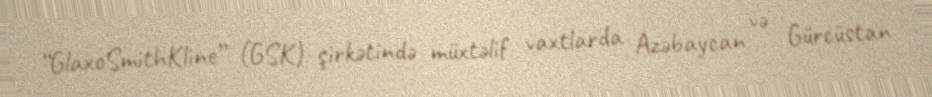
“GlaxoSmithKline” (GSK) şirkətində müxtəlif vaxtlarda Azəbaycan və Gürcüstan